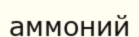
аммоний